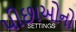
પીછાઓનો